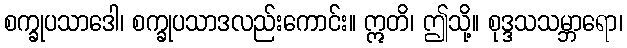
စက္ခုပသာဒေါ၊ စက္ခုပသာဒလည်းကောင်း။ ဣတိ၊ ဤသို့။ စုဒ္ဒသသမ္ဘာရော၊